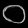
Digit: ၀